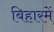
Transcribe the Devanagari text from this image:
बिहारमें